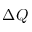
\Delta Q